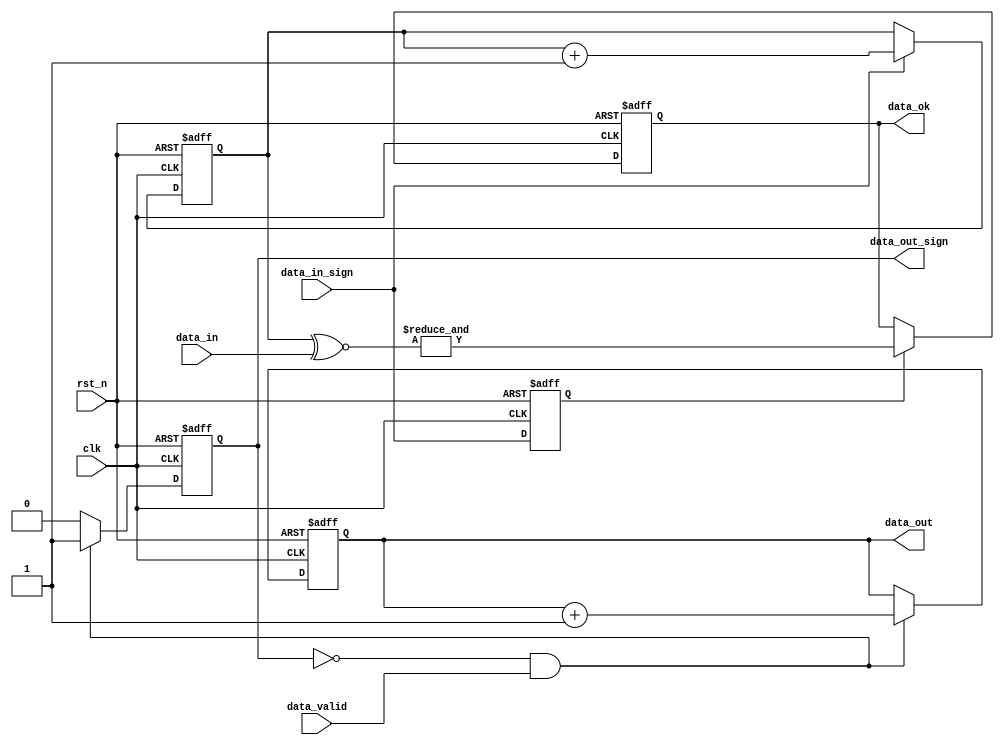
module data_deal(
	clk,
	rst_n,
	data_in,
	data_in_sign,
	
	data_out,
	data_out_sign,
	data_valid,
	data_ok
    );
	
	
	
	input 	clk;
	input 	rst_n;
	input 	[6:0]	data_in;
	input 	data_in_sign;
	
	output	[6:0]	data_out;
	output	data_out_sign;
	input 	data_valid;
	output	data_ok;
	
	
	
	reg		[6:0]	data_reg;
	reg				data_ok;
	
	reg		[6:0]	data_out;
	reg				data_out_sign;
	reg				data_in_sign_reg;
	
	
	always @(posedge  clk or negedge rst_n)begin
		if(!rst_n)begin
			data_reg <= 7'h0;
			data_ok <= 1'h0;
			data_in_sign_reg <= 1'b0;
		end
		else begin	
			data_in_sign_reg <= data_in_sign;
			data_reg <= data_in_sign ? data_reg + 1'b1 : data_reg;
			data_ok <= data_in_sign_reg ? &(data_reg ~^ data_in) : data_ok;
		end
	end
	
	
	always @(posedge  clk or negedge rst_n)begin
		if(!rst_n)begin
			data_out_sign <= 1'b0;
			data_out <= 'h0;
		end
		else begin	
			if(~data_out_sign & data_valid)		data_out_sign <= 1'b1;
			else 								data_out_sign <= 1'b0;
			data_out <= ~data_out_sign & data_valid ? data_out + 1'b1 : data_out;
		end
	end
	


endmodule